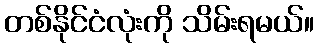
တစ်နိုင်ငံလုံးကို သိမ်းရမယ်။